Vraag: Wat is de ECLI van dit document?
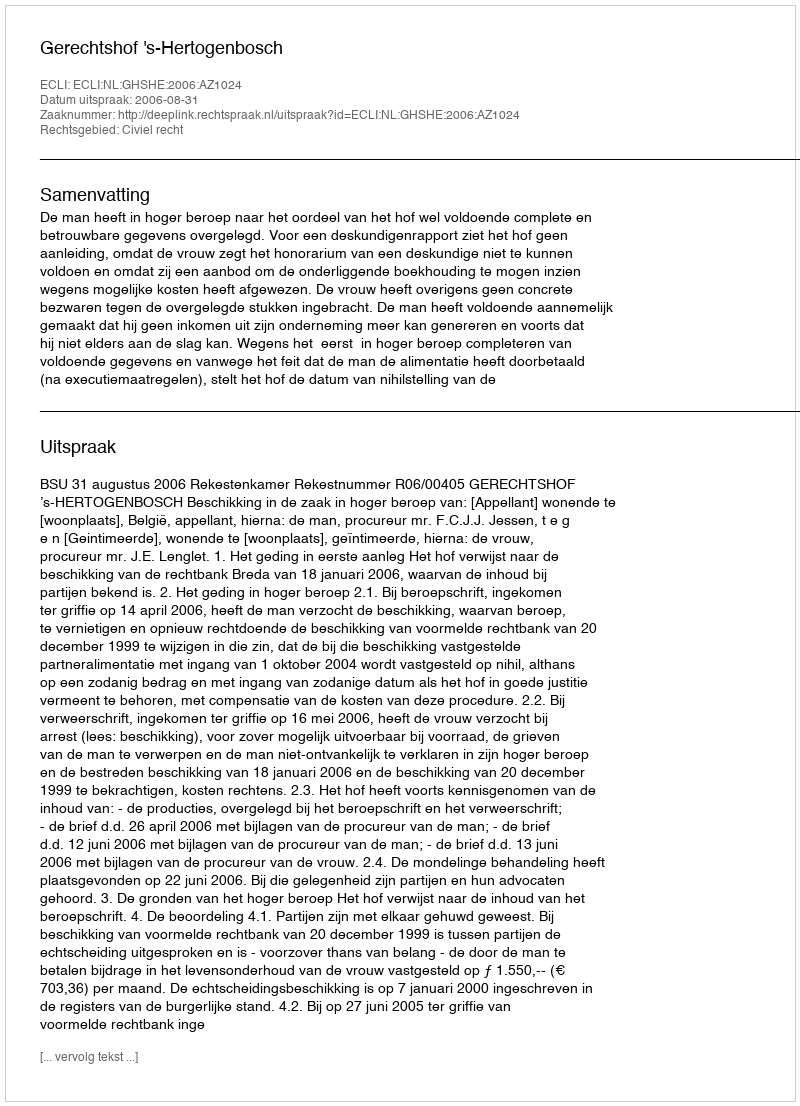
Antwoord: ECLI:NL:GHSHE:2006:AZ1024